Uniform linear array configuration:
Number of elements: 64
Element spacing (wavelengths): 1
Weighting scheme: blackman
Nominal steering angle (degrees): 30
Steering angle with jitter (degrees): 28.13
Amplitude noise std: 0.05
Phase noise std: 0.05

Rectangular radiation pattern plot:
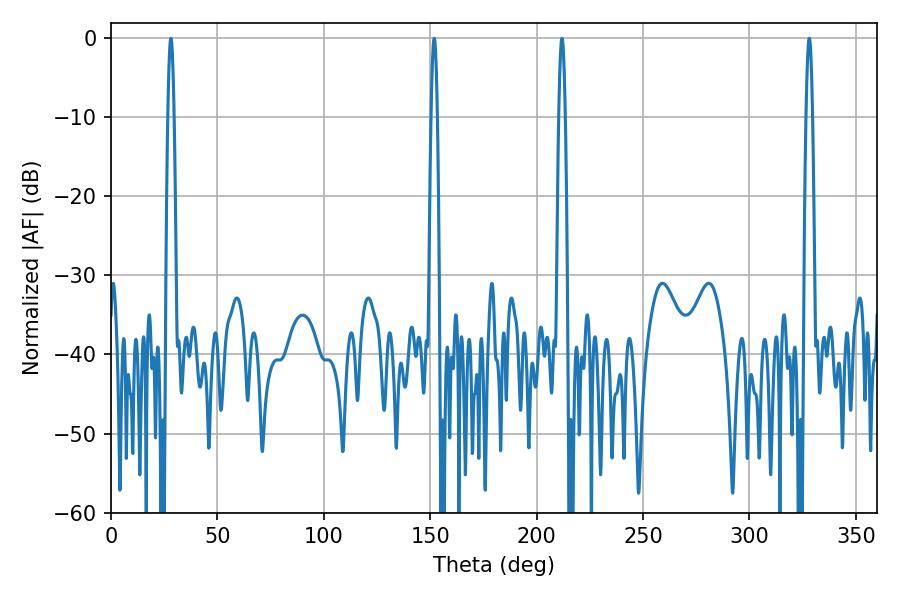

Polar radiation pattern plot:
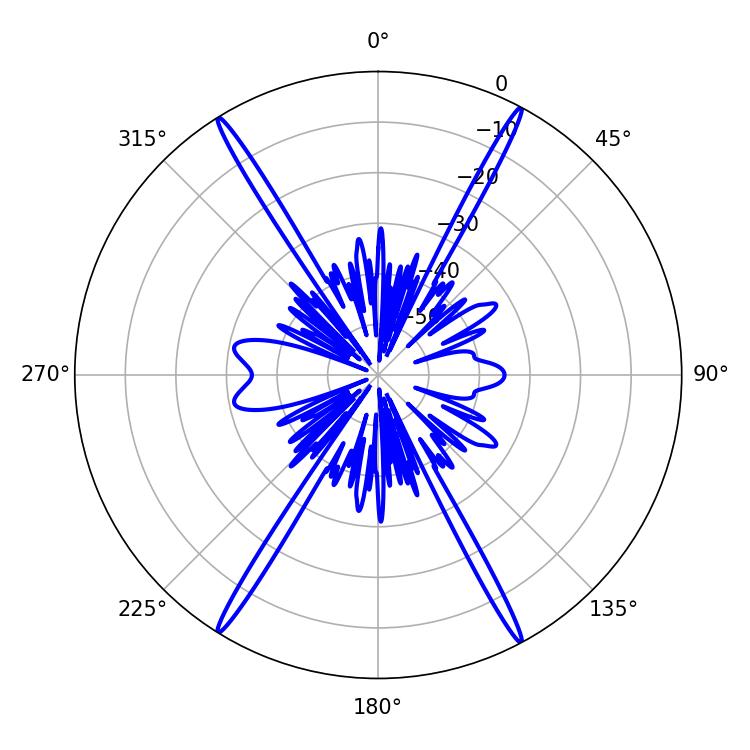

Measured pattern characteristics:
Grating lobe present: TRUE
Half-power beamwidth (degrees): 1.62
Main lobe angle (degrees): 328.14